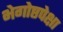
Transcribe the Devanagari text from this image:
भेगोष्ठपेक्षा